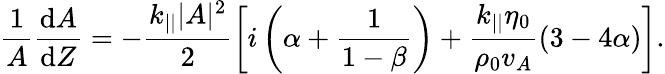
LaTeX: \frac{1}{A}\frac{\mathrm{d}A}{\mathrm{d}Z}=-\frac{k_{||}|A|^{2}}{2}\left[i\left(\alpha+\frac{1}{1-\beta}\right)+\frac{k_{||}\eta_{0}}{\rho_{0}v_{A}}\left(3-4\alpha\right)\right].